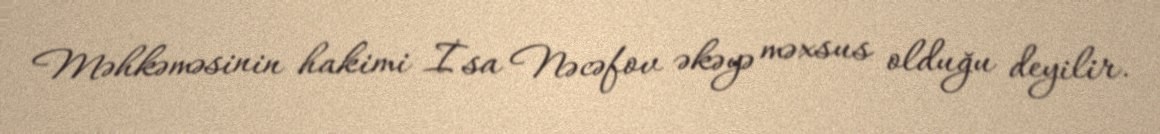
Məhkəməsinin hakimi İsa Nəcəfov əkəyə məxsus olduğu deyilir.